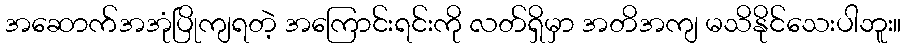
အဆောက်အအုံပြိုကျရတဲ့ အကြောင်းရင်းကို လတ်ရှိမှာ အတိအကျ မသိနိုင်သေးပါဘူး။